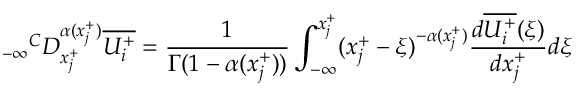
{ _ { - \infty } } ^ { C } D _ { x _ { j } ^ { + } } ^ { \alpha ( x _ { j } ^ { + } ) } \overline { { U _ { i } ^ { + } } } = \frac { 1 } { \Gamma ( 1 - \alpha ( x _ { j } ^ { + } ) ) } \int _ { - \infty } ^ { x _ { j } ^ { + } } ( x _ { j } ^ { + } - \xi ) ^ { - \alpha ( x _ { j } ^ { + } ) } \frac { d \overline { { U _ { i } ^ { + } } } ( \xi ) } { d x _ { j } ^ { + } } d \xi